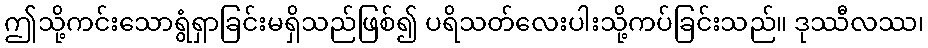
ဤသို့ကင်းသောရွံရှာခြင်းမရှိသည်ဖြစ်၍ ပရိသတ်လေးပါးသို့ကပ်ခြင်းသည်။ ဒုဿီလဿ၊